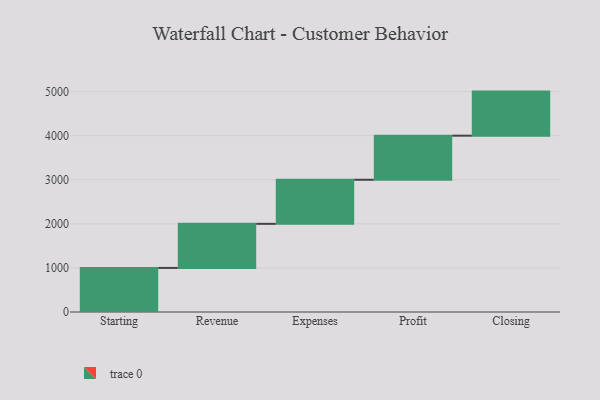
{"axis": {"x": "Step", "y": "Value"}, "legend": [""], "data": [{"x": "Starting", "y": 1000, "type": ""}, {"x": "Revenue", "y": 1000, "type": ""}, {"x": "Expenses", "y": 1000, "type": ""}, {"x": "Profit", "y": 1000, "type": ""}, {"x": "Closing", "y": 1000, "type": ""}]}